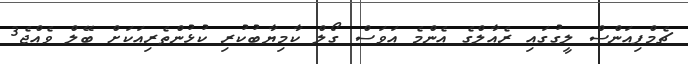
ޗެމްޕިއަންސް ލީގުގައި ރެއާލްގެ އެންމެ އަވަސް ގޯލް ކާމިޔާބުކުރި ކުޅުންތެރިއަކަށް ބޭލް ވެއްޖެ3